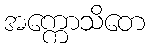
အက္ကောသိတေ